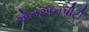
એનએનપીટી